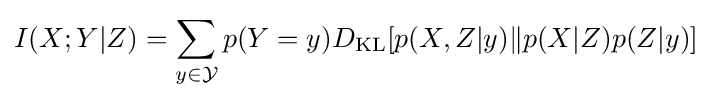
I(X;Y|Z)=\sum _{y\in {\mathcal {Y}}}p(Y=y)D_{\mathrm {KL} }[p(X,Z|y)\|p(X|Z)p(Z|y)]